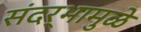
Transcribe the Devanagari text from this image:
संदर्भामुळे